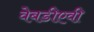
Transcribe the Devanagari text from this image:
वेबडीएवी